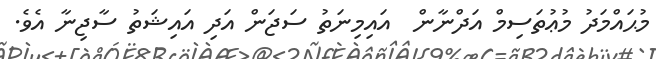
މުޙައްމަދު މުޢުތަސިމް އަދްނާން  އައިމިނަތު ސަޖަން އަދި އައިޝަތު ސާޖިނާ އެވެ.